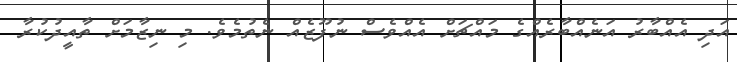
އަދި އެއްބާރު އަނެއްބާރެއްގެ މައްޗަށް އެއްވެސް ނުފޫޒެއް ނެތުމެވެ. މި ނިޒާމަށް ތާއީދުކުރާ